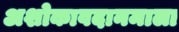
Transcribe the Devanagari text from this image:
अशोकावदानमाला